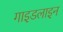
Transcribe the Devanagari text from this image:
गाइडलाइन